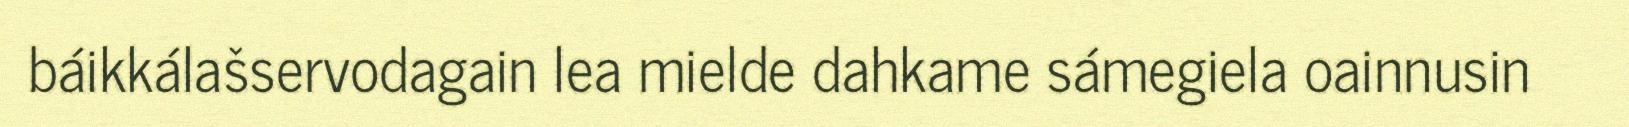
báikkálašservodagain lea mielde dahkame sámegiela oainnusin